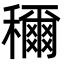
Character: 穪